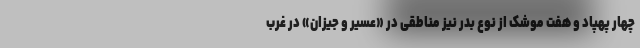
چهار پهپاد و هفت موشک از نوع بدر نیز مناطقی در «عسیر و جیزان» در غرب